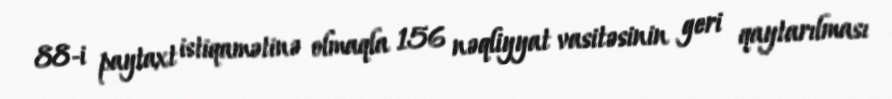
88-i paytaxt istiqamətinə olmaqla 156 nəqliyyat vasitəsinin geri qaytarılması